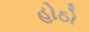
હોઠો